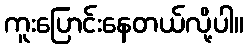
ကူးပြောင်းနေတယ်လို့ပါ။